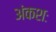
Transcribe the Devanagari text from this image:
अंकशः